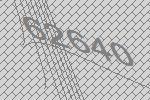
62640